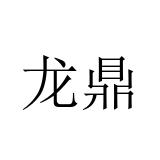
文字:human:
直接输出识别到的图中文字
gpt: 龙鼎